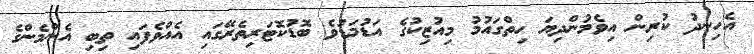
އެހިނދު ކުރިން އިވެމުންދިޔަ ހިތްގައުމު މިއުޒިކުގެ އަޑުމަޑުވެ ބޮޑުކޮޓަރިތެރޭގައި އެއްވެފައި ތިބި އެންމެންގެ